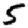
Digit: 5